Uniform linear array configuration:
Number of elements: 4
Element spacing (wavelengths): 0.5
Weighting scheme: cosine
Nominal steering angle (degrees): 0
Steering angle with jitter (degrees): -1.272
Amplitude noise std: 0.05
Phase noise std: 0.05

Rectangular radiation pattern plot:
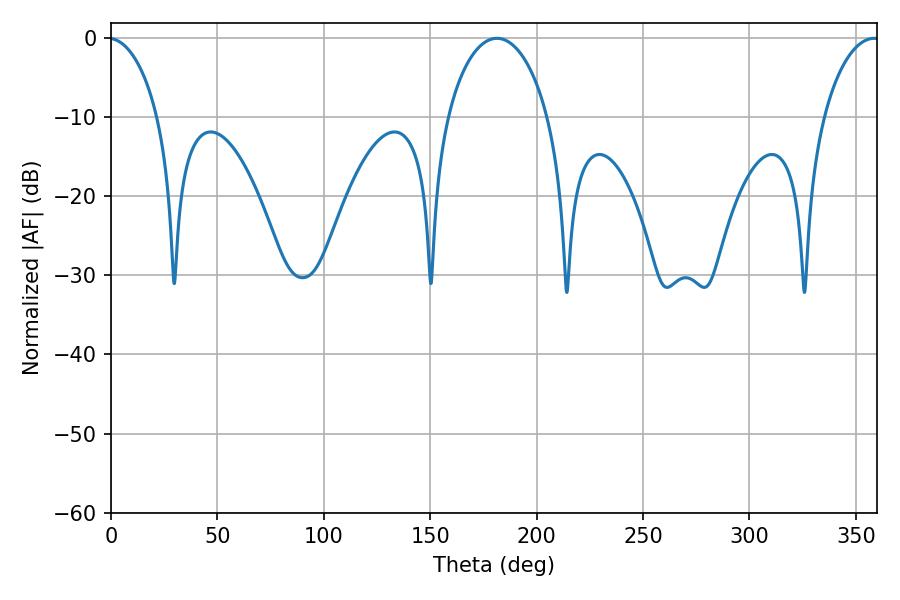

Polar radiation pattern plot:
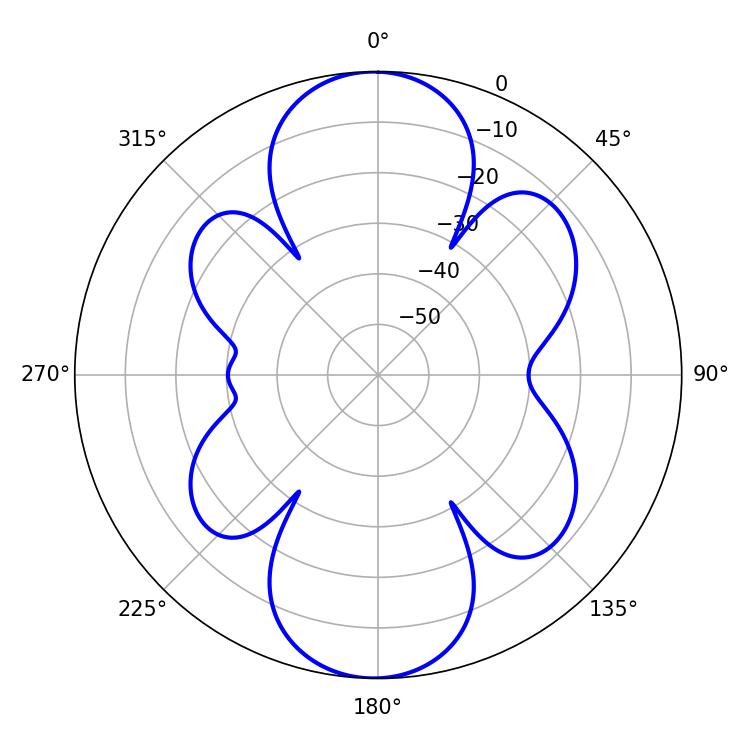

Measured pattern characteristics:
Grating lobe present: FALSE
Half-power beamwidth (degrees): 27
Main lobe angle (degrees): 181.26